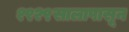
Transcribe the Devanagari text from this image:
१९२९सालापासून